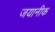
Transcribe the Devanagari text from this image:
जयानीक